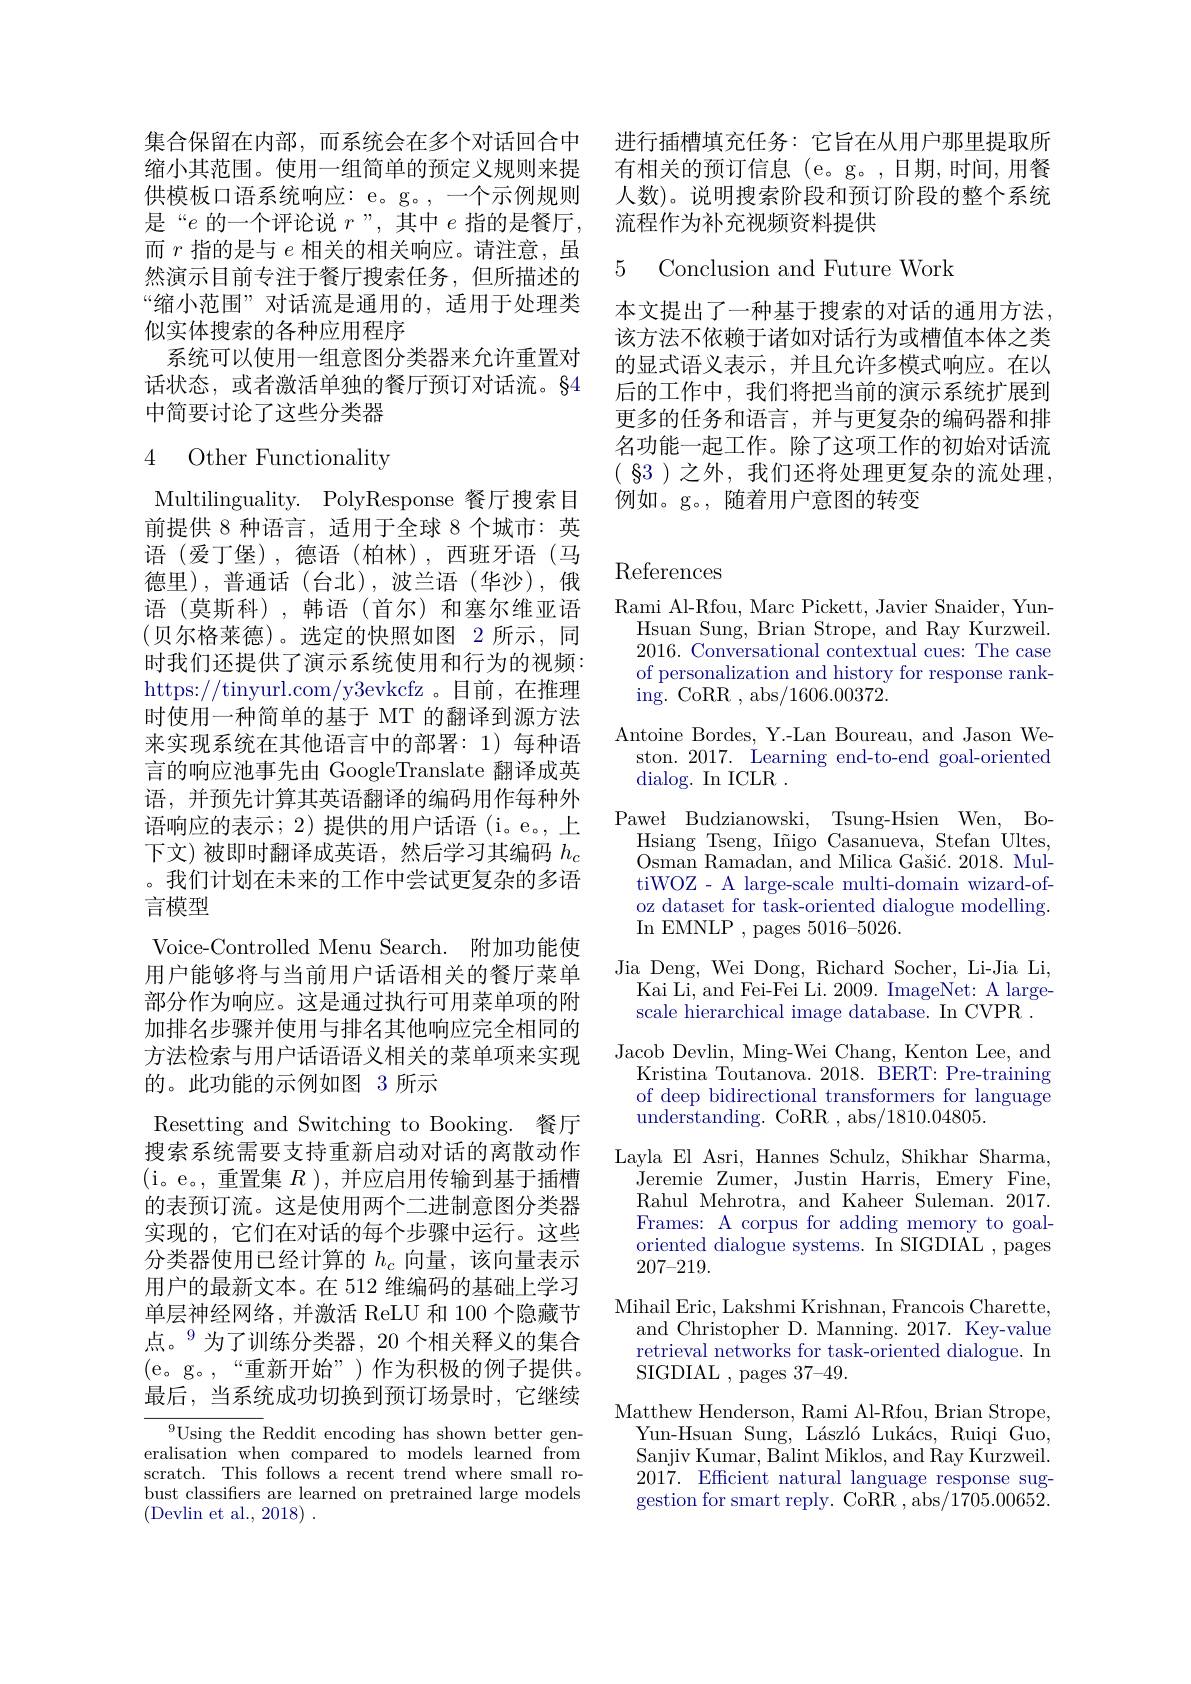
进行插槽填充任务：它旨在从用户那里提取所有相关的预订信息(e。g。,日期，时间，用餐人数)。说明搜索阶段和预订阶段的整个系统流程作为补充视频资料提供

5 Conclusion and Future Work

本文提出了一种基于搜索的对话的通用方法该方法不依赖于诸如对话行为或槽值本体之类的显式语义表示，并且允许多模式响应。在以后的工作中，我们将把当前的演示系统扩展到更多的任务和语言，并与更复杂的编码器和排名功能一起工作。除了这项工作的初始对话流( $\S 3$ )之外，我们还将处理更复杂的流处理， 例如。g。,随着用户意图的转变

集合保留在内部，而系统会在多个对话回合中缩小其范围。使用一组简单的预定义规则来提供模板口语系统响应：e。g。,一个示例规则是“$e$的一个评论说$r$”,其中$e$指的是餐厅， 而$r$指的是与$e$相关的相关响应。请注意，虽然演示目前专注于餐厅搜索任务，但所描述的“缩小范围”对话流是通用的，适用于处理类似实体搜索的各种应用程序
系统可以使用一组意图分类器来允许重置对话状态，或者激活单独的餐厅预订对话流。§4中简要讨论了这些分类器

# 4 Other Functionality

Multilinguality. PolyResponse 餐厅搜索目前提供 8 种语言，适用于全球 8 个城市：英语(爱丁堡),德语(柏林),西班牙语(马德里),普通话(台北),波兰语(华沙),俄语(莫斯科),韩语(首尔)和塞尔维亚语(贝尔格莱德)。选定的快照如图 2 所示，同时我们还提供了演示系统使用和行为的视频： https://tinyurl.com/y3evkcfz 。目前，在推理时使用一种简单的基于 MT 的翻译到源方法来实现系统在其他语言中的部署：1)每种语言的响应池事先由 GoogleTranslate 翻译成英语，并预先计算其英语翻译的编码用作每种外语响应的表示；2) 提供的用户话语(i。e。, 上下文)被即时翻译成英语，然后学习其编码$h_c$ 。我们计划在未来的工作中尝试更复杂的多语言模型
Voice-Controlled Menu Search.附加功能使用户能够将与当前用户话语相关的餐厅菜单部分作为响应。这是通过执行可用菜单项的附加排名步骤并使用与排名其他响应完全相同的方法检索与用户话语语义相关的菜单项来实现的。此功能的示例如图 3 所示
Resetting and Switching to Booking. 餐厅搜索系统需要支持重新启动对话的离散动作(i。e。,重置集$R)$,并应启用传输到基于插槽的表预订流。这是使用两个二进制意图分类器实现的，它们在对话的每个步骤中运行。这些分类器使用已经计算的$h_c$向量，该向量表示用户的最新文本。在 512 维编码的基础上学习单层神经网络，并激活 ReLU 和 100 个隐藏节点。$^{9}$为了训练分类器，20个相关释义的集合(e。g。,“重新开始”)作为积极的例子提供。最后，当系统成功切换到预订场景时，它继续
${^{9}\text{Using the Reddit encoding has shown better gen-}}$ eralisation when compared to models learned from scratch. This follows a recent trend where small ro-

bust classifers are learned on pretrained large models
(Devlin et al., 2018)~.

# References

Rami Al-Rfou, Marc Pickett, Javier Snaider, Yun-
Hsuan Sung, Brian Strope, and Ray Kurzweil. 2016. Conversational contextual cues: The case of personalization and history for response ranking. CoRR , abs/1606.00372.
Antoine Bordes, Y.-Lan Boureau, and Jason We-
ston. 2017. Learning end-to-end goal-oriented
dialog. In ICLR .
Paweł Budzianowski, Tsung-Hsien Wen, BoHsiang Tseng, Iñigo Casanueva, Stefan Ultes, $\bar{\text{Osman Ramadan, and Milica Gašić. 2018. Mul-}}$ tiWOZ - A large-scale multi-domain wizard-ofoz dataset for task-oriented dialogue modelling. In EMNLP , pages 5016-5026.
Jia Deng, Wei Dong, Richard Socher, Li-Jia Li,
Kai Li, and Fei-Fei Li. 2009. ImageNet: A largescale hierarchical image database. In CVPR .
Jacob Devlin, Ming-Wei Chang, Kenton Lee, and Kristina Toutanova. 2018. BERT: Pre-training of deep bidirectional transformers for language understanding. CoRR , abs/1810.04805.
Layla El Asri, Hannes Schulz, Shikhar Sharma,
Jeremie Zumer, Justin Harris, Emery Fine, Rahul Mehrotra, and Kaheer Suleman. 2017. Frames: A corpus for adding memory to goaloriented dialogue systems. In SIGDIAL , pages 207-219.
Mihail Eric, Lakshmi Krishnan, Francois Charette,
and Christopher D. Manning. 2017. Key-value retrieval networks for task-oriented dialogue. In SIGDIAL , pages 37-49.
$\underset{\mathrm{Matthew}}{\operatorname*{\text{Henderson, Rami Al-Rfou, Brian Strope,}}}$
Yun-Hsuan Sung, László Lukács, Ruiqi Guo, Sanjiv Kumar, Balint Miklos, and $\dot{\text{Ray Kurzweil}}$ 2017. Efficient natural language response suggestion for smart reply. CoRR , abs/1705.00652.